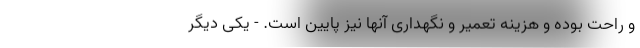
و راحت بوده و هزینه تعمیر و نگهداری آنها نیز پایین است. - یکی دیگر